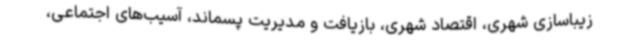
زیباسازی شهری، اقتصاد شهری، بازیافت و مدیریت پسماند، آسیب‌های اجتماعی،